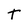
Character: T